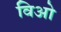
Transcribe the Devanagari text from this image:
विओ